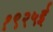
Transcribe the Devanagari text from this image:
१९२५ई